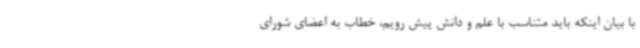
با بیان اینکه باید متناسب با علم و دانش پیش رویم، خطاب به اعضای شورای